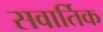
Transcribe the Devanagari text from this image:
सवार्तिक